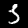
Label: 3